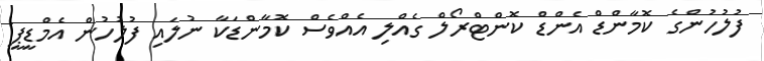
ފުލުހުންގެ ކޮމާންޑް އެންޑް ކޮންޓްރޯލް ގެއްލި އެއްވެސް ކޮމާންޑަކާ ނުލައި ފުލުހުން އެމްޑީޕީ